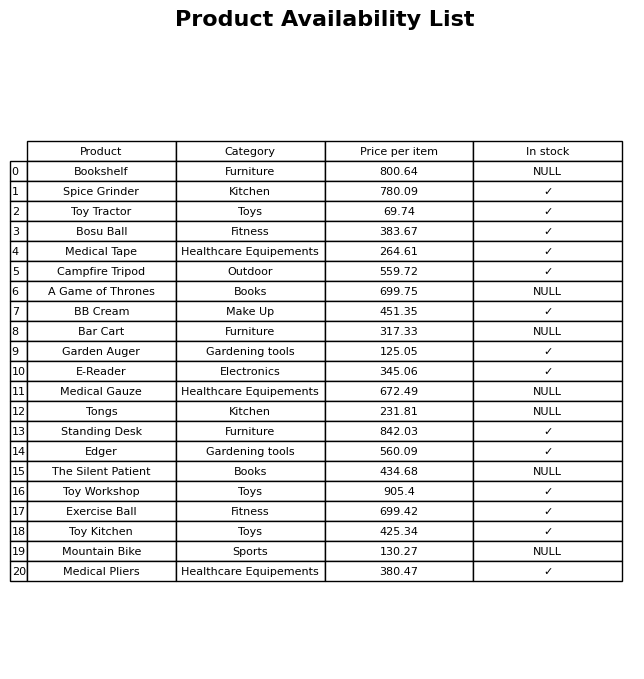
question: Which products are currently out of stock?
answer: Bookshelf, A Game of Thrones, Bar Cart, Medical Gauze, Tongs, The Silent Patient, Mountain Bike